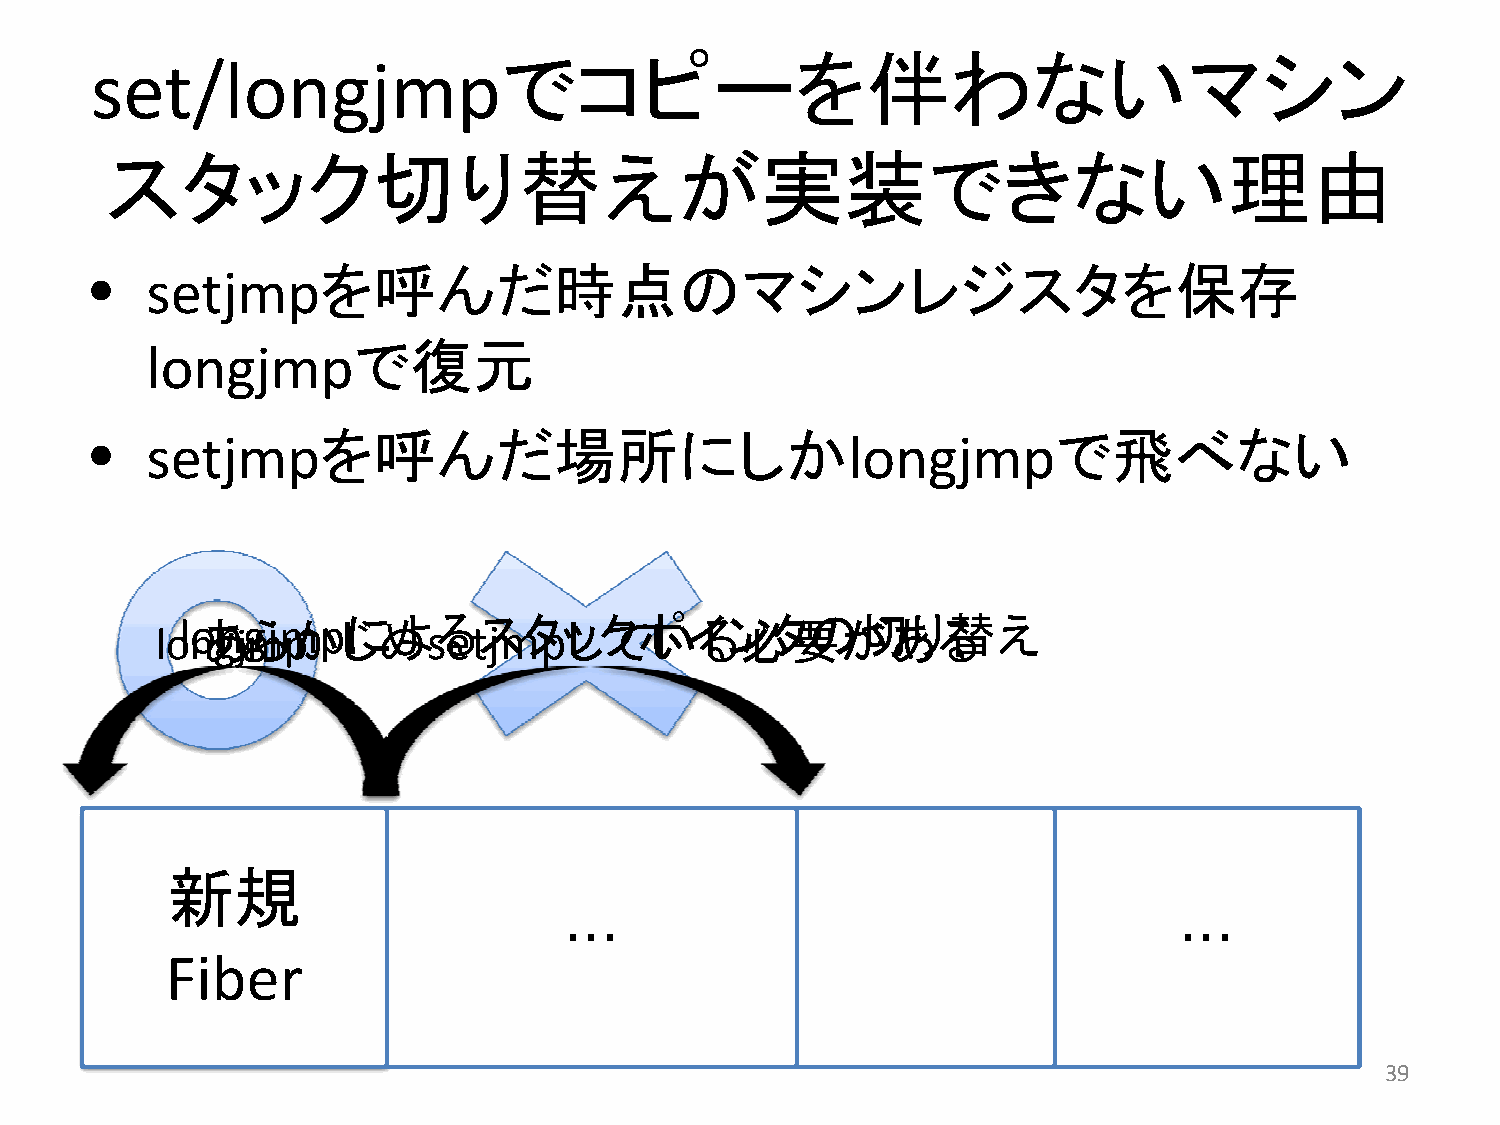
でコピーを伴わないマシン
 set/longjmp
 スタック切り替えが実装できない理由
 •   setjmpを呼んだ時点のマシンレジスタを保存
 で復元
 longjmp
 •   setjmpを呼んだ場所にしか                                longjmpで飛べない
 lol noあ gn jg mらjm pかpじに めよ sる etス jmタ pッ しク てポ いイ るン 必タ 要の が切 あり る替え
 動動新作作規中中                                        新新規規
 ・・・                                     ・・・
 FFFiiibbbeeerrr                               FFiibbeerr
 39